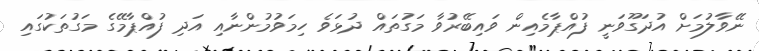
ނޭވާލުމަށް އުދަގޫވަނީ ފުއްޕާމެއިން ވައިބޭރުވާ މަގުތައް ދުޅަވެ ހިމަވުމުންނާއި އަދި ފުއްޕާމޭގެ މަގުތަކުގައި